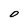
Character: O